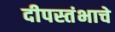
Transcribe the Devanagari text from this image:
दीपस्तंभाचे